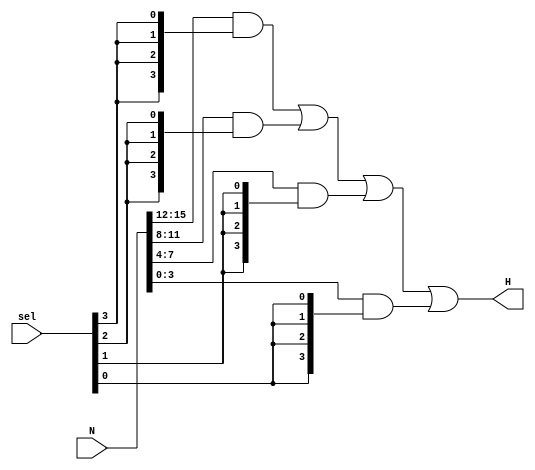
`timescale 1ns / 1ps
//////////////////////////////////////////////////////////////////////////////////
// Company: 
// Engineer: 
// 
// Design Name: 
// Module Name: selector
// Project Name: 
// Target Devices: 
// Tool Versions: 
// Description: 
// 
// Dependencies: 
// 
// Revision:
// Revision 0.01 - File Created
// Additional Comments:
// 
//////////////////////////////////////////////////////////////////////////////////


module selector(
    input [3:0] sel,
    input [15:0] N,
    output [3:0] H
    );
    //create wires to extend sel values
    wire sel_0 = {4{sel[0]}};
    wire sel_1 = {4{sel[1]}};
    wire sel_2 = {4{sel[2]}};
    wire sel_3 = {4{sel[3]}};
    
    //assign output using logic as a mux would
    //include logic to ensure this module only works when only one sel value is high
    //^sel
//    assign H ={4{(sel[0]^sel[1]^sel[2]^sel[3])}}&{(sel_0&N[3:0])|(sel_1&N[7:4])|(sel_2&N[11:8])|(sel_3&N[15:12])};
    assign H = N[15:12] & {4{sel[3]}} | N[11:8] & {4{sel[2]}}
    | N[7:4] & {4{sel[1]}}| N[3:0] & {4{sel[0]}};
    endmodule